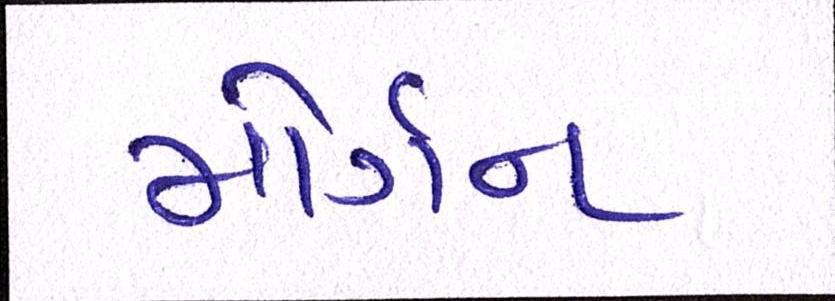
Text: મોર્ગન